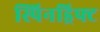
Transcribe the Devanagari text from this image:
स्पिनड्रिफ्ट